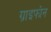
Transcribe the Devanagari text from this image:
ग्राइफोन